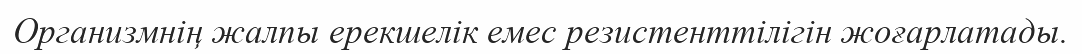
Организмнiң жалпы ерекшелiк емес резистенттiлiгiн жоғарлатады.